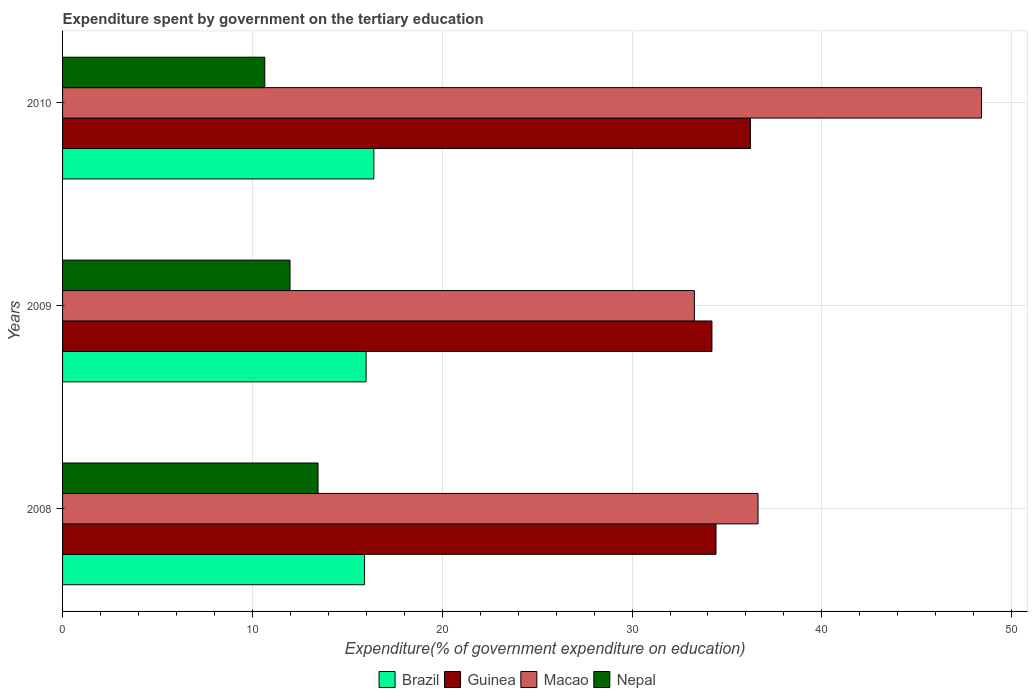
| Years | Brazil | Guinea | Macao | Nepal |
 | --- | --- | --- | --- | --- |
 | 2008 | 15.9 | 34.4 | 36.6 | 13.5 |
 | 2009 | 16 | 34.2 | 33.3 | 12 |
 | 2010 | 16.4 | 36.2 | 48.4 | 10.7 |